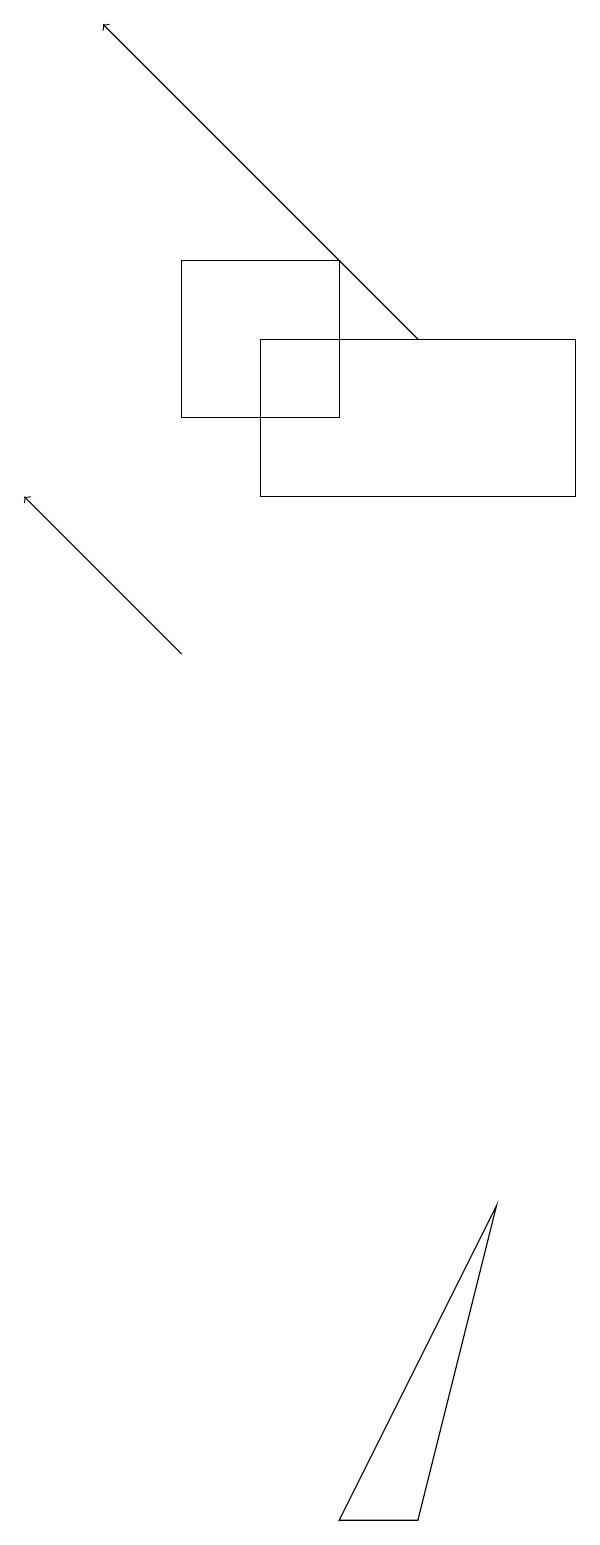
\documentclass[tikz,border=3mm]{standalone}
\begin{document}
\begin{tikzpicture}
\draw[->] (6,15) -- (2,19);
\draw (8,15) rectangle (4,13);
\draw (6,0) -- (7,4) -- (5,0) -- cycle;
\draw[->] (3,11) -- (1,13);
\draw (5,16) rectangle (3,14);
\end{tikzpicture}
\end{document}